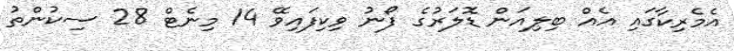
އެމެރިކާގައި އެއް ބިލިއަން ޑޮލަރުގެ ފޯނު ވިކިފައިވޭ 14 މިނެޓް 28 ސިކުންތު